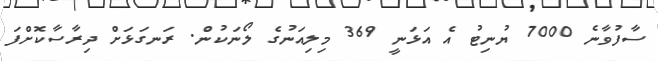
ސާފުވާނެ 7000 ޔުނިޓު އެ އަޅަނީ 369 މިލިއަނުގެ ލޯނަކުން. ރަނގަޅަށް ދިރާސާކޮށްފަ